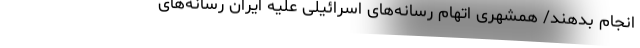
انجام بدهند/ همشهری اتهام رسانه‌های اسرائیلی علیه ایران رسانه‌های